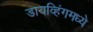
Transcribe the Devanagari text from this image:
डायव्हिंगमध्ये